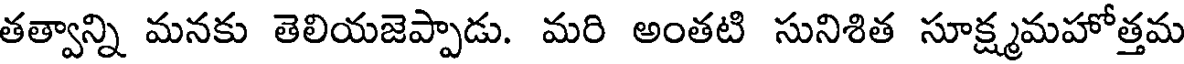
తత్వాన్ని మనకు తెలియజెప్పాడు. మరి అంతటి సునిశిత సూక్ష్మమహోత్తమ